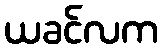
ယခင်လက